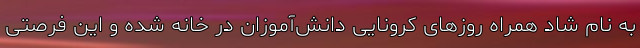
به نام شاد همراه روزهای کرونایی دانش‌آموزان در خانه شده و این فرصتی